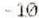
-10